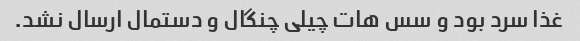
غذا سرد بود و سس هات چیلی چنگال و دستمال ارسال نشد.